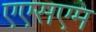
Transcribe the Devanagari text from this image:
एएसएम